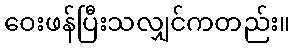
ဝေးဖန်ပြီးသလျှင်ကတည်း။